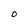
Character: O